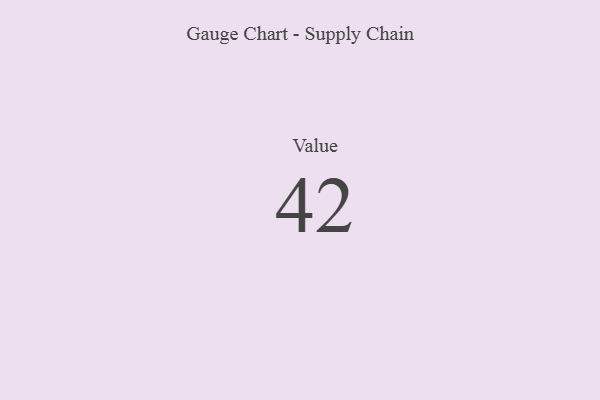
{"axis": {"x": "Metric", "y": "Value"}, "legend": [""], "data": [{"x": "Value", "y": 42, "type": ""}]}